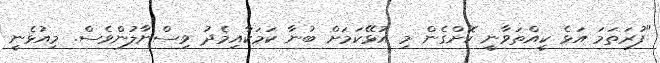
"ފުރަތަމަ އަޅެ ކީއްތަވާނީ ކޮށްގެން މި އުޅޭކަމަށް ބުނާ ކަމަކާއިމެދު ވިސްނާލުންވެސް. މިއުޅެނީ